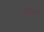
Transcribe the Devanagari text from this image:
वर्चोभेद